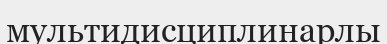
мультидисциплинарлы